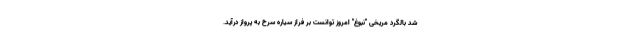
شد بالگرد مریخی "نبوغ" امروز توانست بر فراز سیاره سرخ به پرواز درآید.